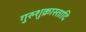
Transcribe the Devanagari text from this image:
गुरुशुक्रास्तादि